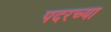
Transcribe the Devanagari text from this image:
पदरच्या